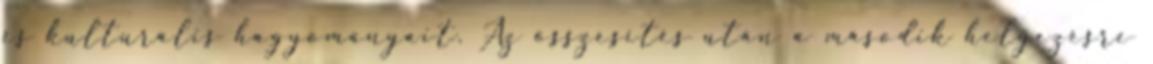
és kulturális hagyományait. Az összesítés után a második helyezésre